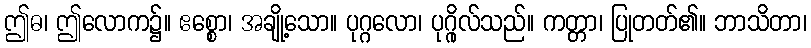
ဤဓ၊ ဤလောက၌။ ဧစ္စော၊ အချို့သော။ ပုဂ္ဂလော၊ ပုဂ္ဂိုလ်သည်။ ကတ္တာ၊ ပြုတတ်၏။ ဘာသိတာ၊